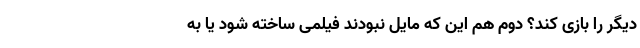
دیگر را بازی کند؟ دوم هم این که مایل نبودند فیلمی ساخته شود یا به